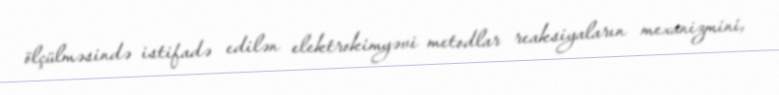
ölçülməsində istifadə edilən elektrokimyəvi metodlar reaksiyaların mexanizmini,